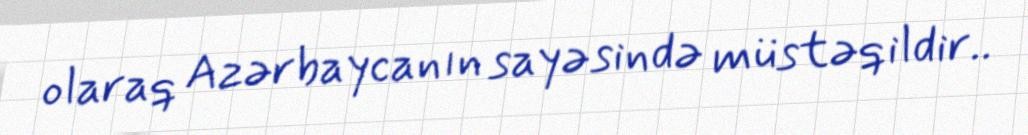
olaraq Azərbaycanın sayəsində müstəqildir..